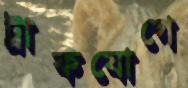
ট্রাকযোগে